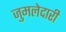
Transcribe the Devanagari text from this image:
जुमलेदारी